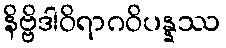
နိဗ္ဗိဒါဝိရာဂဝိပန္နဿ